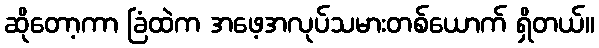
ဆိုတော့ကာ ခြံထဲက အဖေ့အလုပ်သမားတစ်ယောက် ရှိတယ်။